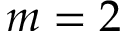
m = 2